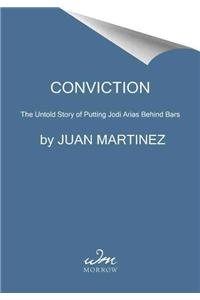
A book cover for Conviction: The Untold Story of Putting Jodi Arias Behind Bars; Juan Martinez; Medical Books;